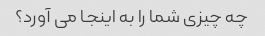
چه چیزی شما را به اینجا می آورد؟